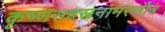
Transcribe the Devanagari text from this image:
कृष्णसहस्रनामस्तोत्र